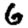
Digit: 6